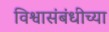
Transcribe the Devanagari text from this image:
विश्वासंबंधीच्या